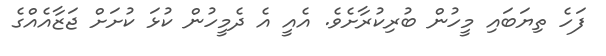
ފަހެ ތިޔަބައި މީހުން ބުރިކުރާށެވެ. އެއީ އެ ދެމީހުން ކުޅަ ކުށަށް ޖަޒާއެއްގެ